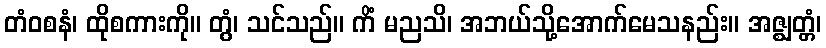
တံဝစနံ၊ ထိုစကားကို။ တွံ၊ သင်သည်။ ကိံ မညသိ၊ အဘယ်သို့အောက်မေသနည်း။ အဇ္ဈတ္တံ၊